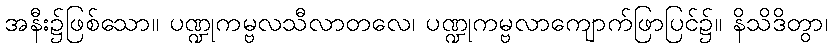
အနီး၌ဖြစ်သော။ ပဏ္ဍုကမ္ဗလသီလာတလေ၊ ပဏ္ဍုကမ္ဗလာကျောက်ဖြာပြင်၌။ နိသိဒိတွာ၊